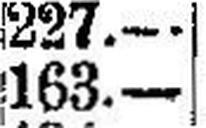
163.—